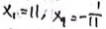
x _ { 1 } = 1 1 , x _ { 9 } = - \frac { 1 } { 1 1 }